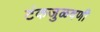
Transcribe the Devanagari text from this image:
टंकजुळवणी